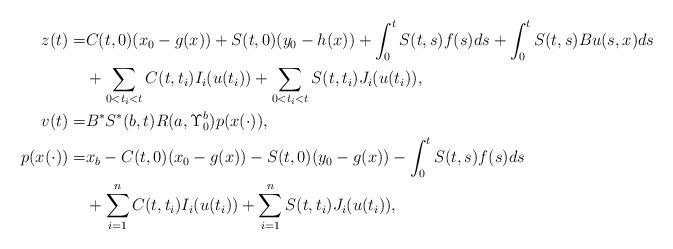
LaTeX: \begin{align*}z(t)=&C(t,0)(x_0-g(x))+S(t,0)(y_0-h(x))+\int_0^t S(t,s)f(s)ds+\int_0^t S(t,s)Bu(s,x)ds\\&+\sum_{0<t_i<t} C(t,t_i)I_i(u(t_i))+\sum_{0<t_i<t} S(t,t_i)J_i(u(t_i)),\\v(t)=&B^*S^*(b,t)R(a,\Upsilon_0^b)p(x(\cdot)),\\p(x(\cdot))=&x_b-C(t,0)(x_0-g(x))-S(t,0)(y_0-g(x))-\int_0^t S(t,s)f(s)ds\\&+\sum_{i=1}^n C(t,t_i)I_i(u(t_i))+\sum_{i=1}^n S(t,t_i)J_i(u(t_i)),\end{align*}